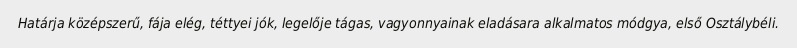
Határja középszerű, fája elég, téttyei jók, legelője tágas, vagyonnyainak eladásara alkalmatos módgya, első Osztálybéli.